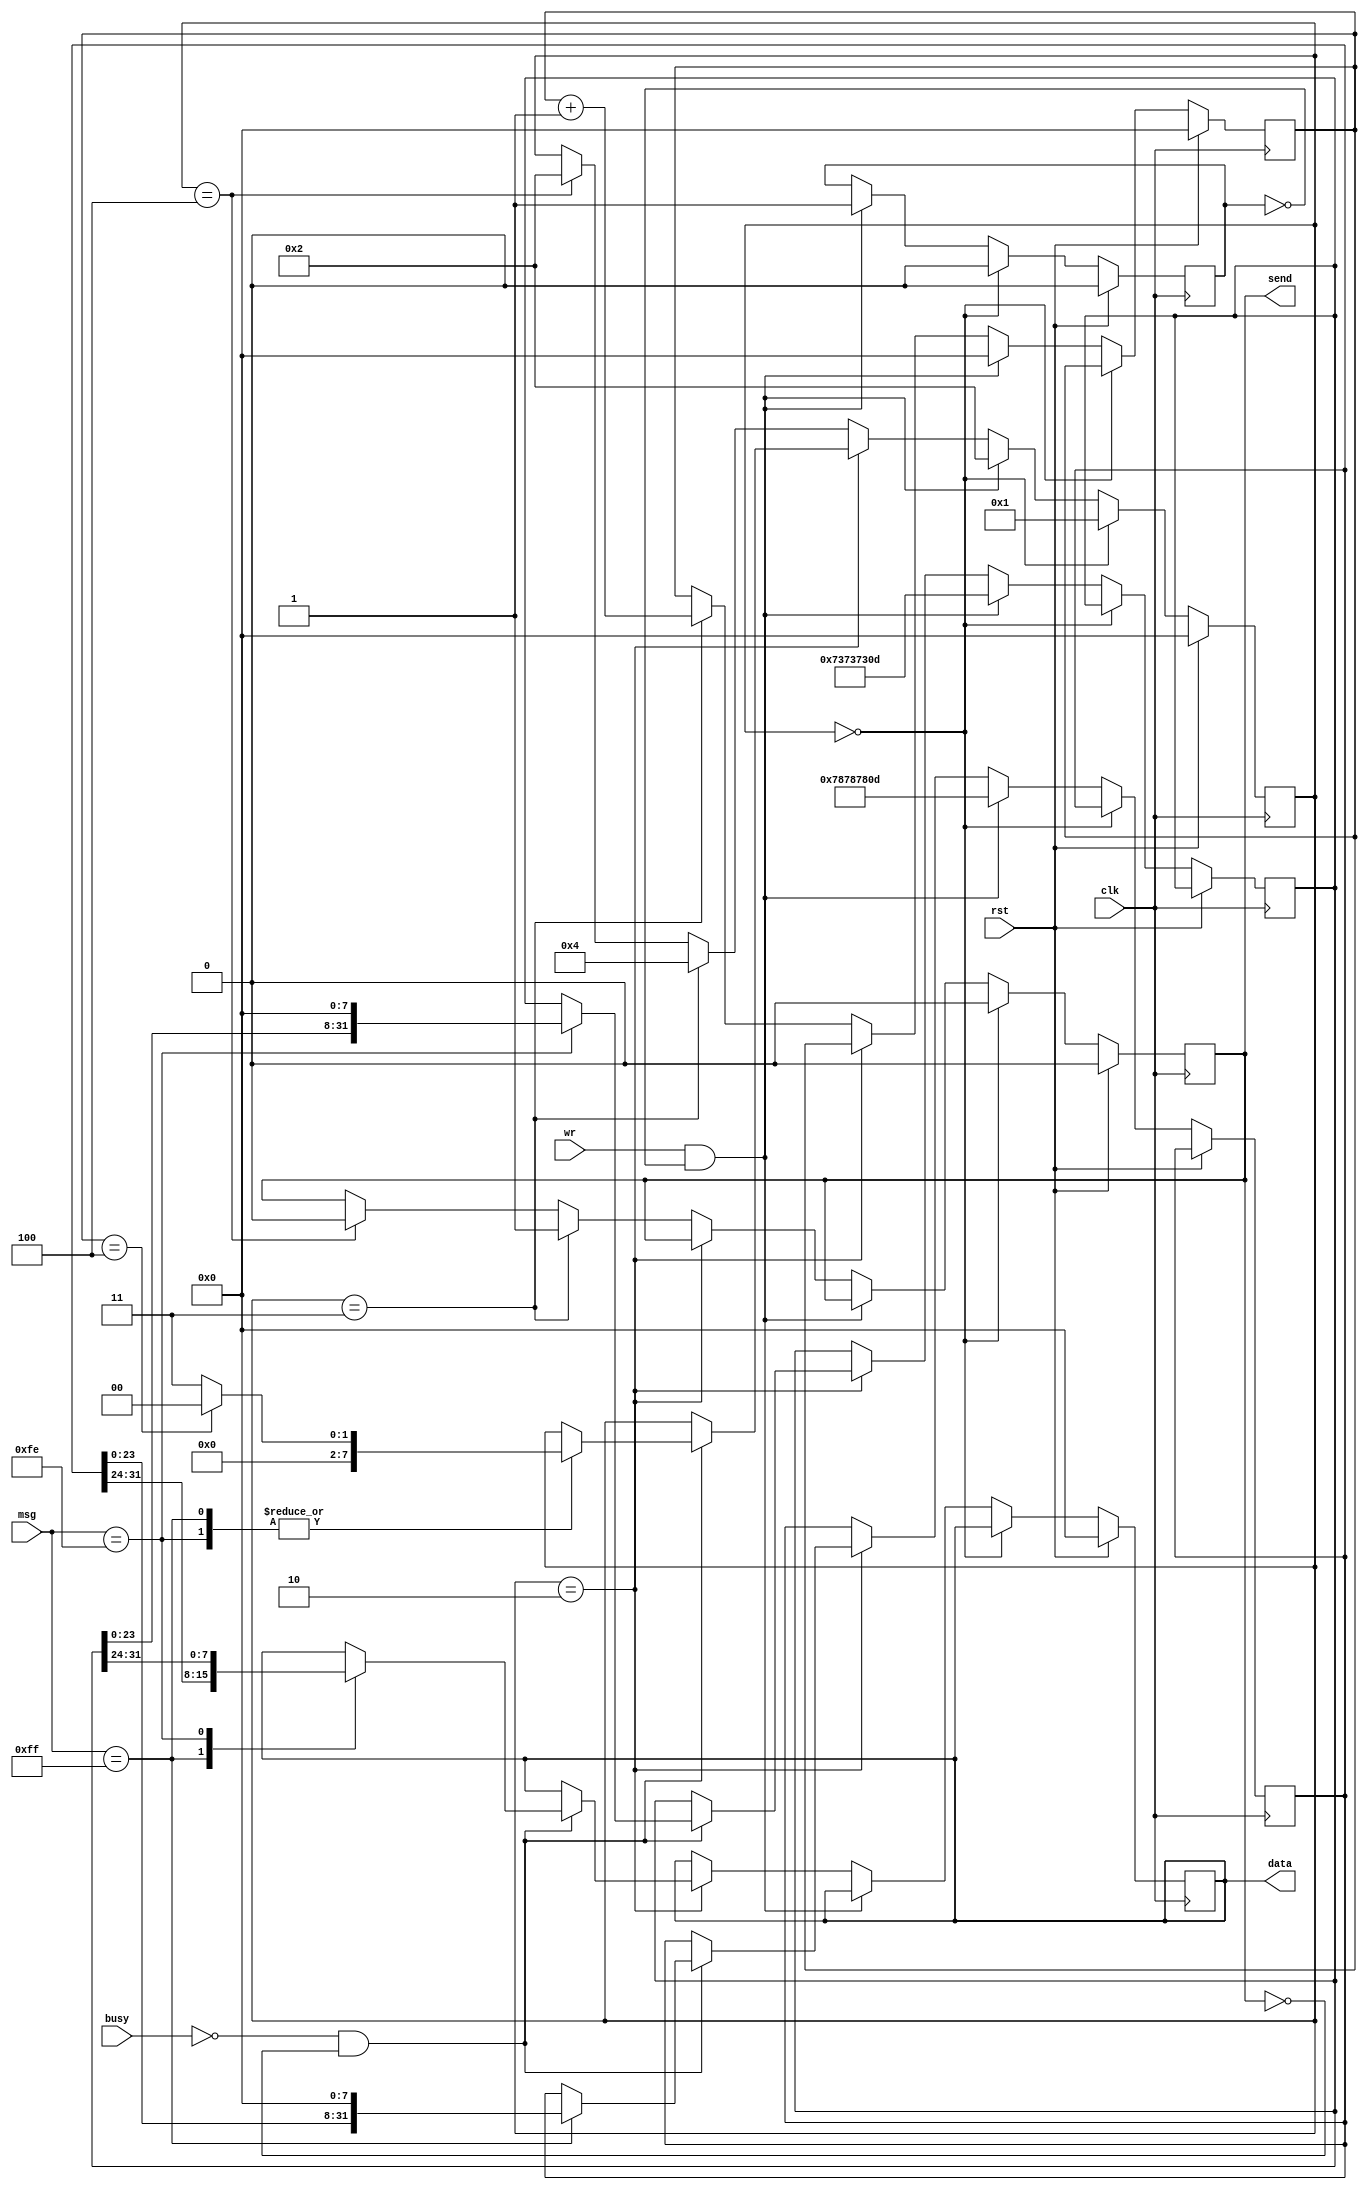
//-----------------------------------------------------------------------------
//
// Title       : uart_send
// Design      : top
// Company     : nasa
//
//-----------------------------------------------------------------------------
//
// Generated   : Mon Dec 24 11:26:20 2018
// From        : interface description file
// By          : Itf2Vhdl ver. 1.22
//
//-----------------------------------------------------------------------------
//
// Description : 
//
//-----------------------------------------------------------------------------
`timescale 1 ns / 1 ps

//{{ Section below this comment is automatically maintained
//   and may be overwritten
//{module {uart_send}}
module uart_send (
	output wire send,
	output wire [7:0] data,
	input wire clk,
	input wire [7:0] msg,
	input wire busy,
	input wire rst,
	input wire wr
);
reg [8*4  :1] string1 = ("xxx"<<8)+8'h0d;	
reg [8*4  :1] string2 = ("sss"<<8)+8'h0d; 
reg [8*11 :1] string3 = ("Error crc!"<<8)+8'h0d;
reg [8*15 :1] string4 = ("Error command!"<<8)+8'h0d;
reg [8*4  :1] string5 = ("ok!"<<8)+8'h0d; 

reg [7:0] send_byte=0; 
reg [7:0] inx=0;	
reg flag_uart_tx=0;
reg [7:0] step=0;

reg [24:1] string_data=0;
reg start_transmit=0;
					
					
always @(posedge clk)
	if (rst)
		begin
		 step<=0;
		 flag_uart_tx<=0; 
		 send_byte<=0;
		 inx<=0;	
		start_transmit<=0;		 
		end 
	else 
		if (step==0)
			begin
			flag_uart_tx<=0;
			step<=1;
			start_transmit<=0;
			end
			else 			
		if ((wr==1)&&(start_transmit==0))
			begin
			 step<=2;
			 inx<=0; 
			 start_transmit<=1;
			 
  			string1 <= ("xxx"<<8)+8'h0d;	
			string2 <= ("sss"<<8)+8'h0d;   
 			string3 <= ("Error crc!"<<8)+8'h0d;
 			string4 <= ("Error command!"<<8)+8'h0d;  
 			string5 <= ("ok!"<<8)+8'h0d;   		
 					 
			end
		else
			if (step==2)
				begin
					if ((busy==0)&&(flag_uart_tx==0))
						begin
							
							case (msg)
								8'hff: 
									begin
									if (inx==4) step<=0; else step<=3;
									
									send_byte<=string1[8*4:8*4-7];
									string1<=string1<<8; 
									end	 
								8'hfe: 
									begin
									if (inx==4) step<=0; else step<=3;
									
									send_byte<=string2[8*4:8*4-7];
									string2<=string2<<8; 
									end
						
							endcase
			
						end												
				end	
				else
					if (step==3)
						begin						
							inx<=inx+1; 
							flag_uart_tx<=1;
							step<=4;							
						end	
					else
						if (step==4)
							begin
							flag_uart_tx<=0;
							step<=2;									
							end				
			
				
assign 	send   =flag_uart_tx;
assign  data=send_byte;			
				

endmodule